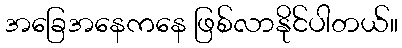
အခြေအနေကနေ ဖြစ်လာနိုင်ပါတယ်။